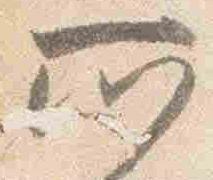
所